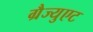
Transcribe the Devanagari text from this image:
ग्रैज्युएट